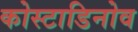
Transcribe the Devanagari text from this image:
कोस्टाडिनोव